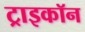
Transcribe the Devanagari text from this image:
ट्राइकॉन